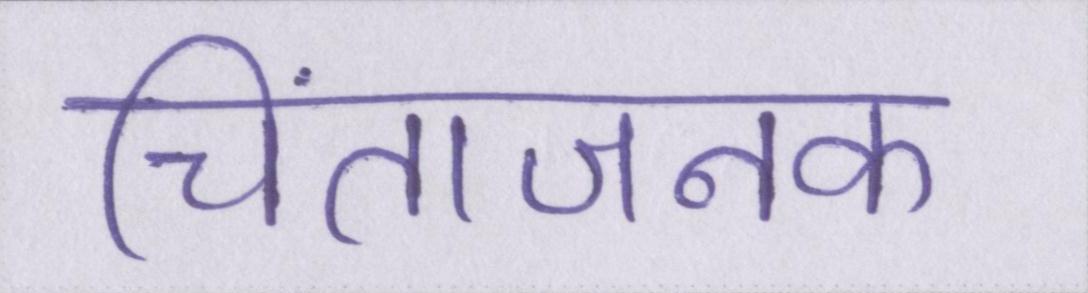
चिंताजनक